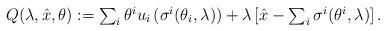
LaTeX: \begin{align*}Q(\lambda,\hat{x},\theta):=\textstyle\sum_i \theta^iu_i\left(\sigma^i(\theta_i,\lambda)\right)+\lambda\left[\hat{x}-\textstyle\sum_i \sigma^i(\theta^i,\lambda)\right].\end{align*}